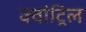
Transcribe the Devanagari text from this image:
क्वांट्रिल